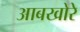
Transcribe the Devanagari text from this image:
आबखोरे